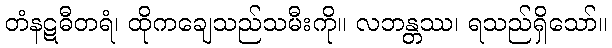
တံနဋဓီတရံ၊ ထိုကချေသည်သမီးကို။ လဘန္တဿ၊ ရသည်ရှိသော်။